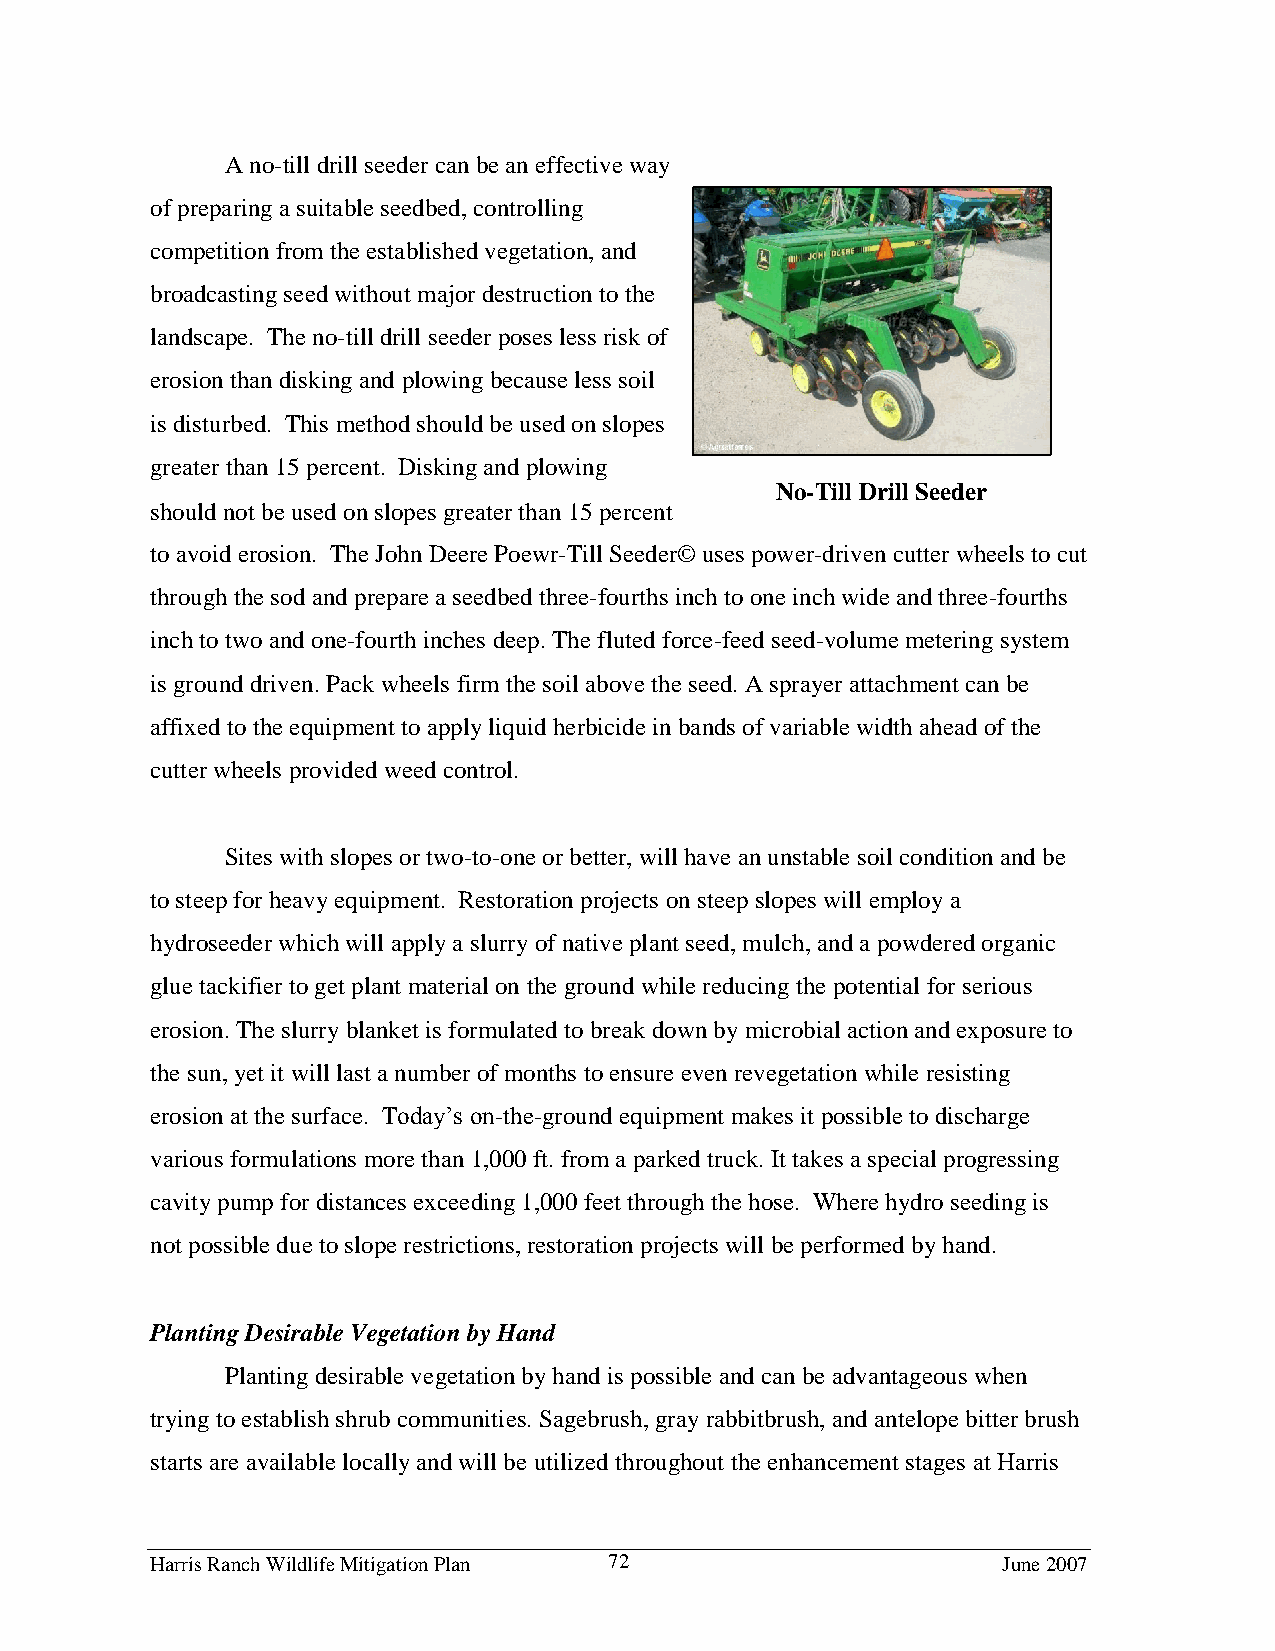
A no-till drill seeder can be an effective way
 of preparing a suitable seedbed, controlling
 competition from the established vegetation, and
 broadcasting seed without major destruction to the
 landscape. The no-till drill seeder poses less risk of
 erosion than disking and plowing because less soil
 is disturbed. This method should be used on slopes
 greater than 15 percent. Disking and plowing
 No-Till Drill Seeder
 should not be used on slopes greater than 15 percent
 to avoid erosion. The John Deere Poewr-Till Seeder© uses power-driven cutter wheels to cut
 through the sod and prepare a seedbed three-fourths inch to one inch wide and three-fourths
 inch to two and one-fourth inches deep. The fluted force-feed seed-volume metering system
 is ground driven. Pack wheels firm the soil above the seed. A sprayer attachment can be
 affixed to the equipment to apply liquid herbicide in bands of variable width ahead of the
 cutter wheels provided weed control.
 Sites with slopes or two-to-one or better, will have an unstable soil condition and be
 to steep for heavy equipment. Restoration projects on steep slopes will employ a
 hydroseeder which will apply a slurry of native plant seed, mulch, and a powdered organic
 glue tackifier to get plant material on the ground while reducing the potential for serious
 erosion. The slurry blanket is formulated to break down by microbial action and exposure to
 the sun, yet it will last a number of months to ensure even revegetation while resisting
 erosion at the surface. Today’s on-the-ground equipment makes it possible to discharge
 various formulations more than 1,000 ft. from a parked truck. It takes a special progressing
 cavity pump for distances exceeding 1,000 feet through the hose. Where hydro seeding is
 not possible due to slope restrictions, restoration projects will be performed by hand.
 Planting Desirable Vegetation by Hand
 Planting desirable vegetation by hand is possible and can be advantageous when
 trying to establish shrub communities. Sagebrush, gray rabbitbrush, and antelope bitter brush
 starts are available locally and will be utilized throughout the enhancement stages at Harris
 Harris Ranch Wildlife Mitigation Plan 72                June 2007